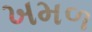
ખમળ